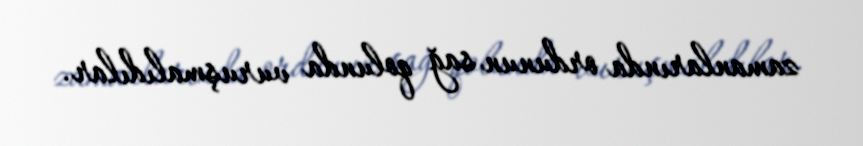
zamanlarında ordunun sağ qolunda vuruşmalıdılar.